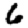
Digit: 6